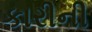
કારીની